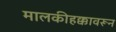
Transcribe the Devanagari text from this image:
मालकीहक्कावरून